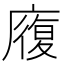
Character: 𭙷